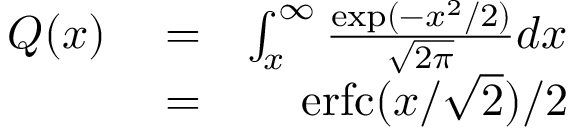
\begin{array} { r l r } { Q ( x ) } & { { } = } & { \int _ { x } ^ { \infty } \frac { \exp ( - x ^ { 2 } / 2 ) } { \sqrt { 2 \pi } } d x } \\ { \ } & { { } = } & { \mathrm { e r f c } ( x / \sqrt { 2 } ) / 2 } \end{array}